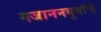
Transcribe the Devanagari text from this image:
गजाननबुवांचे